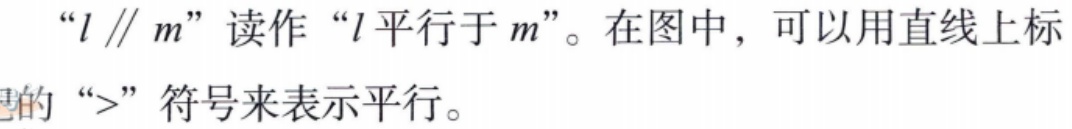
“\(l \parallel m\)”读作“\(l\)平行于\(m\)”。在图中，可以用直线上标

的“\(>\)”符号来表示平行。